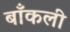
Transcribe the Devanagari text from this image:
बाँकली